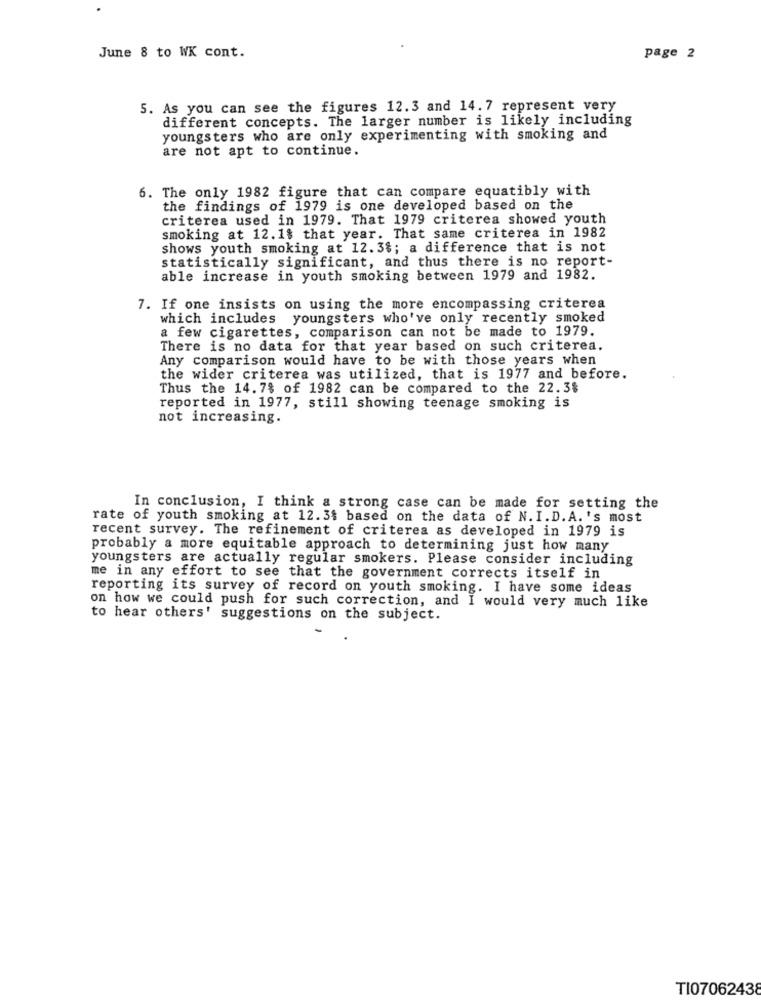
June 8 to WK cont.
page 2
5. As you can see the figures 12.3 and 14.7 represent very
different concepts. The larger number is likely including
youngsters who are only experimenting with smoking and
are not apt to continue.
6. The only 1982 figure that can compare equatibly with
the findings of 1979 is one developed based on the
criterea used in 1979. That 1979 criterea showed youth
smoking at 12.1$ that year. That same criterea in 1982
shows youth smoking at 12. 3%; a difference that is not
statistically significant, and thus there is no report-
able increase in youth smoking between 1979 and 1982.
7. If one insists on using the more encompassing criterea
which includes youngsters who've only recently smoked
a few cigarettes, comparison can not be made to 1979.
There is no data for that year based on such criterea.
Any comparison would have to be with those years when
the wider criterea was utilized, that is 1977 and before.
Thus the 14. 7% of 1982 can be compared to the 22.3$
reported in 1977, still showing teenage smoking is
not increasing.
In conclusion, I think a strong case can be made for setting the
rate of youth smoking at 12.3$ based on the data of N. I.D.A.'s most
recent survey. The refinement of criterea as developed in 1979 is
probably a more equitable approach to determining just how many
youngsters are actually regular smokers. Please consider including
me in any effort to see that the government corrects itself in
reporting its survey of record on youth smoking. I have some ideas
on how we could push for such correction, and I would very much like
to hear others' suggestions on the subject.
TI07062438